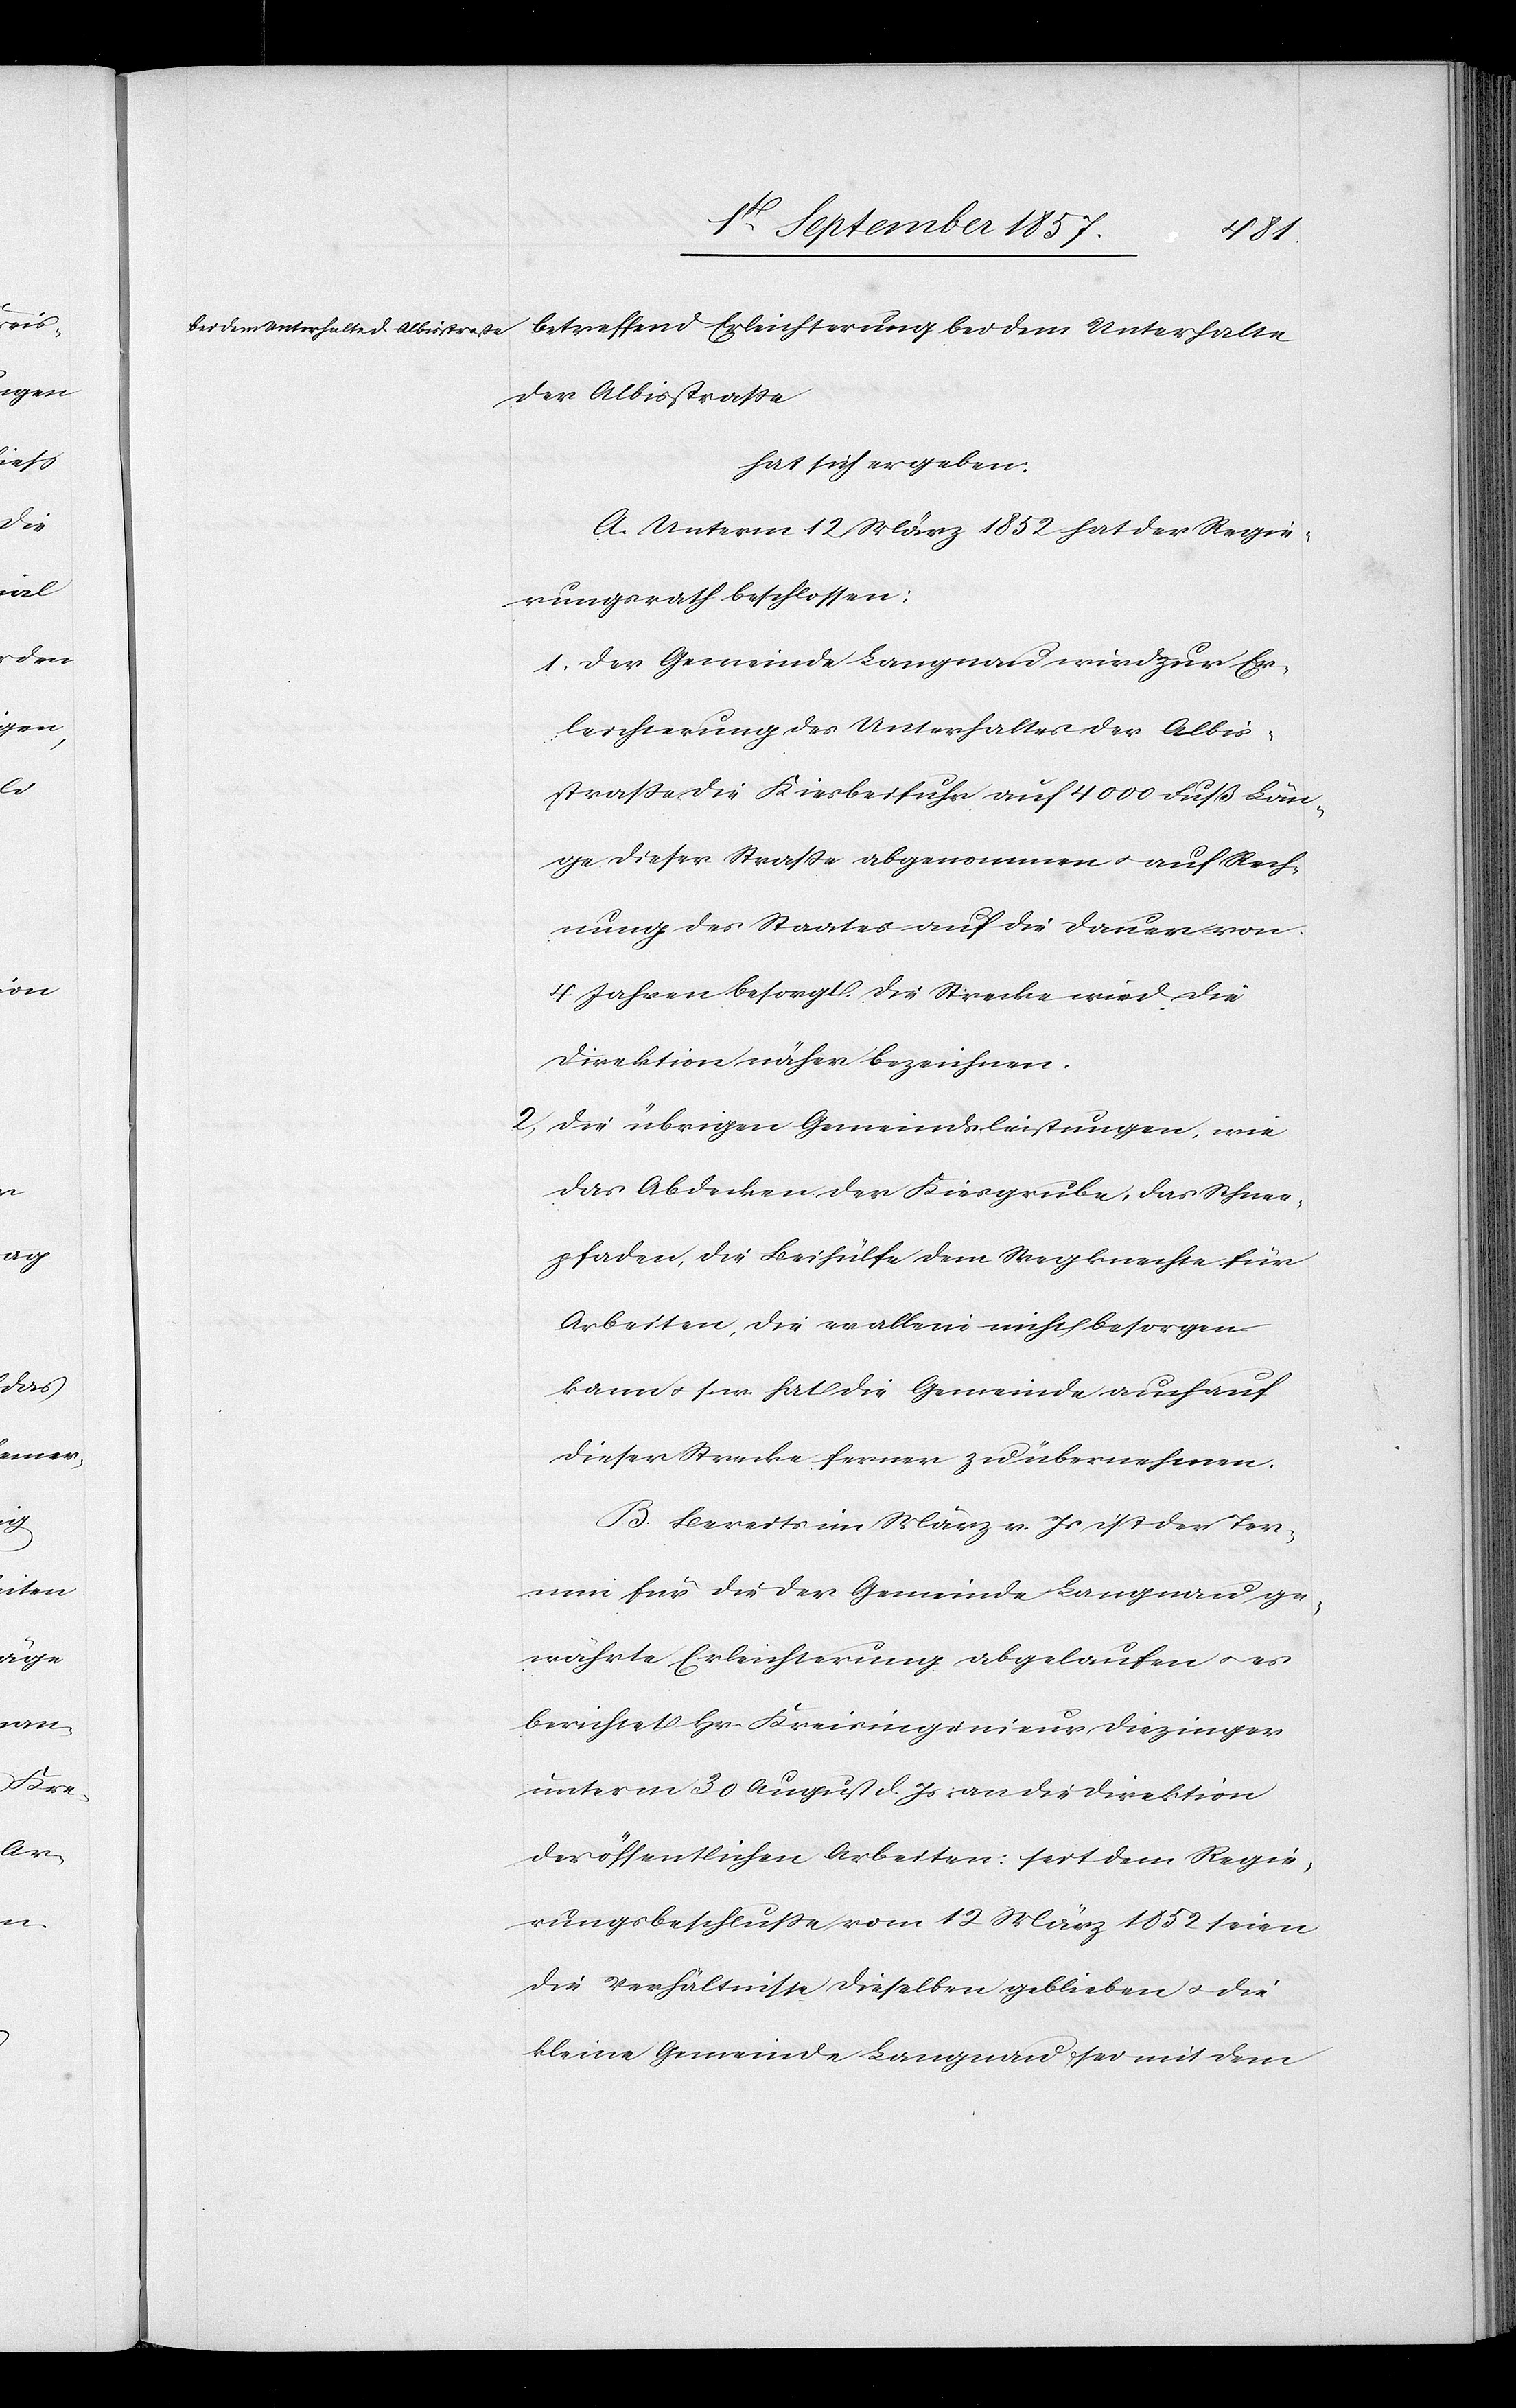
betreffend Erleichterung bei dem Unterhalten
der Albisstrasse
hat sich ergeben:
A. Unterm 12 März 1852 hat der Regie¬
rungsrath beschlossen:
1) Der Gemeinde Langnau wird zur Er¬
leichterung des Unterhaltes der Albis¬
strasse die Kiesbeifuhr auf 4000 Fuß Län¬
ge dieser Straße abgenommen & auf Rech¬
nung des Staates auf die Dauer von
4 Jahren besorgt die Strecke wird die
Direktion näher bezeichnen.
2) Die übrigen Gemeindsleistungen, wie
das Abdecken der Kiesgrube, das Schnee¬
pfaden, die Beihülfe dem Wegknechte für
Arbeiten, die er allein nicht besorgen
kann &. s. w. hat die Gemeinde auch auf
dieser Strecke ferner zu übernehmen.
B. Bereits im März v. Js. ist der Ter¬
min für die der Gemeinde Langnau ge¬
währte Erleichterung abgelaufen & es
berichtet Hr. Kreisingenieur Diezinger
unterm 30 August d. Js. an die Direktion
der öffentlichen Arbeiten: seit dem Regie¬
rungsbeschlusse vom 12 März 1852 seien
die Verhältnisse dieselben geblieben & die
kleine Gemeinde Langnau sei mit dem